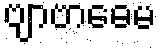
ဗျာဗာဓေမ